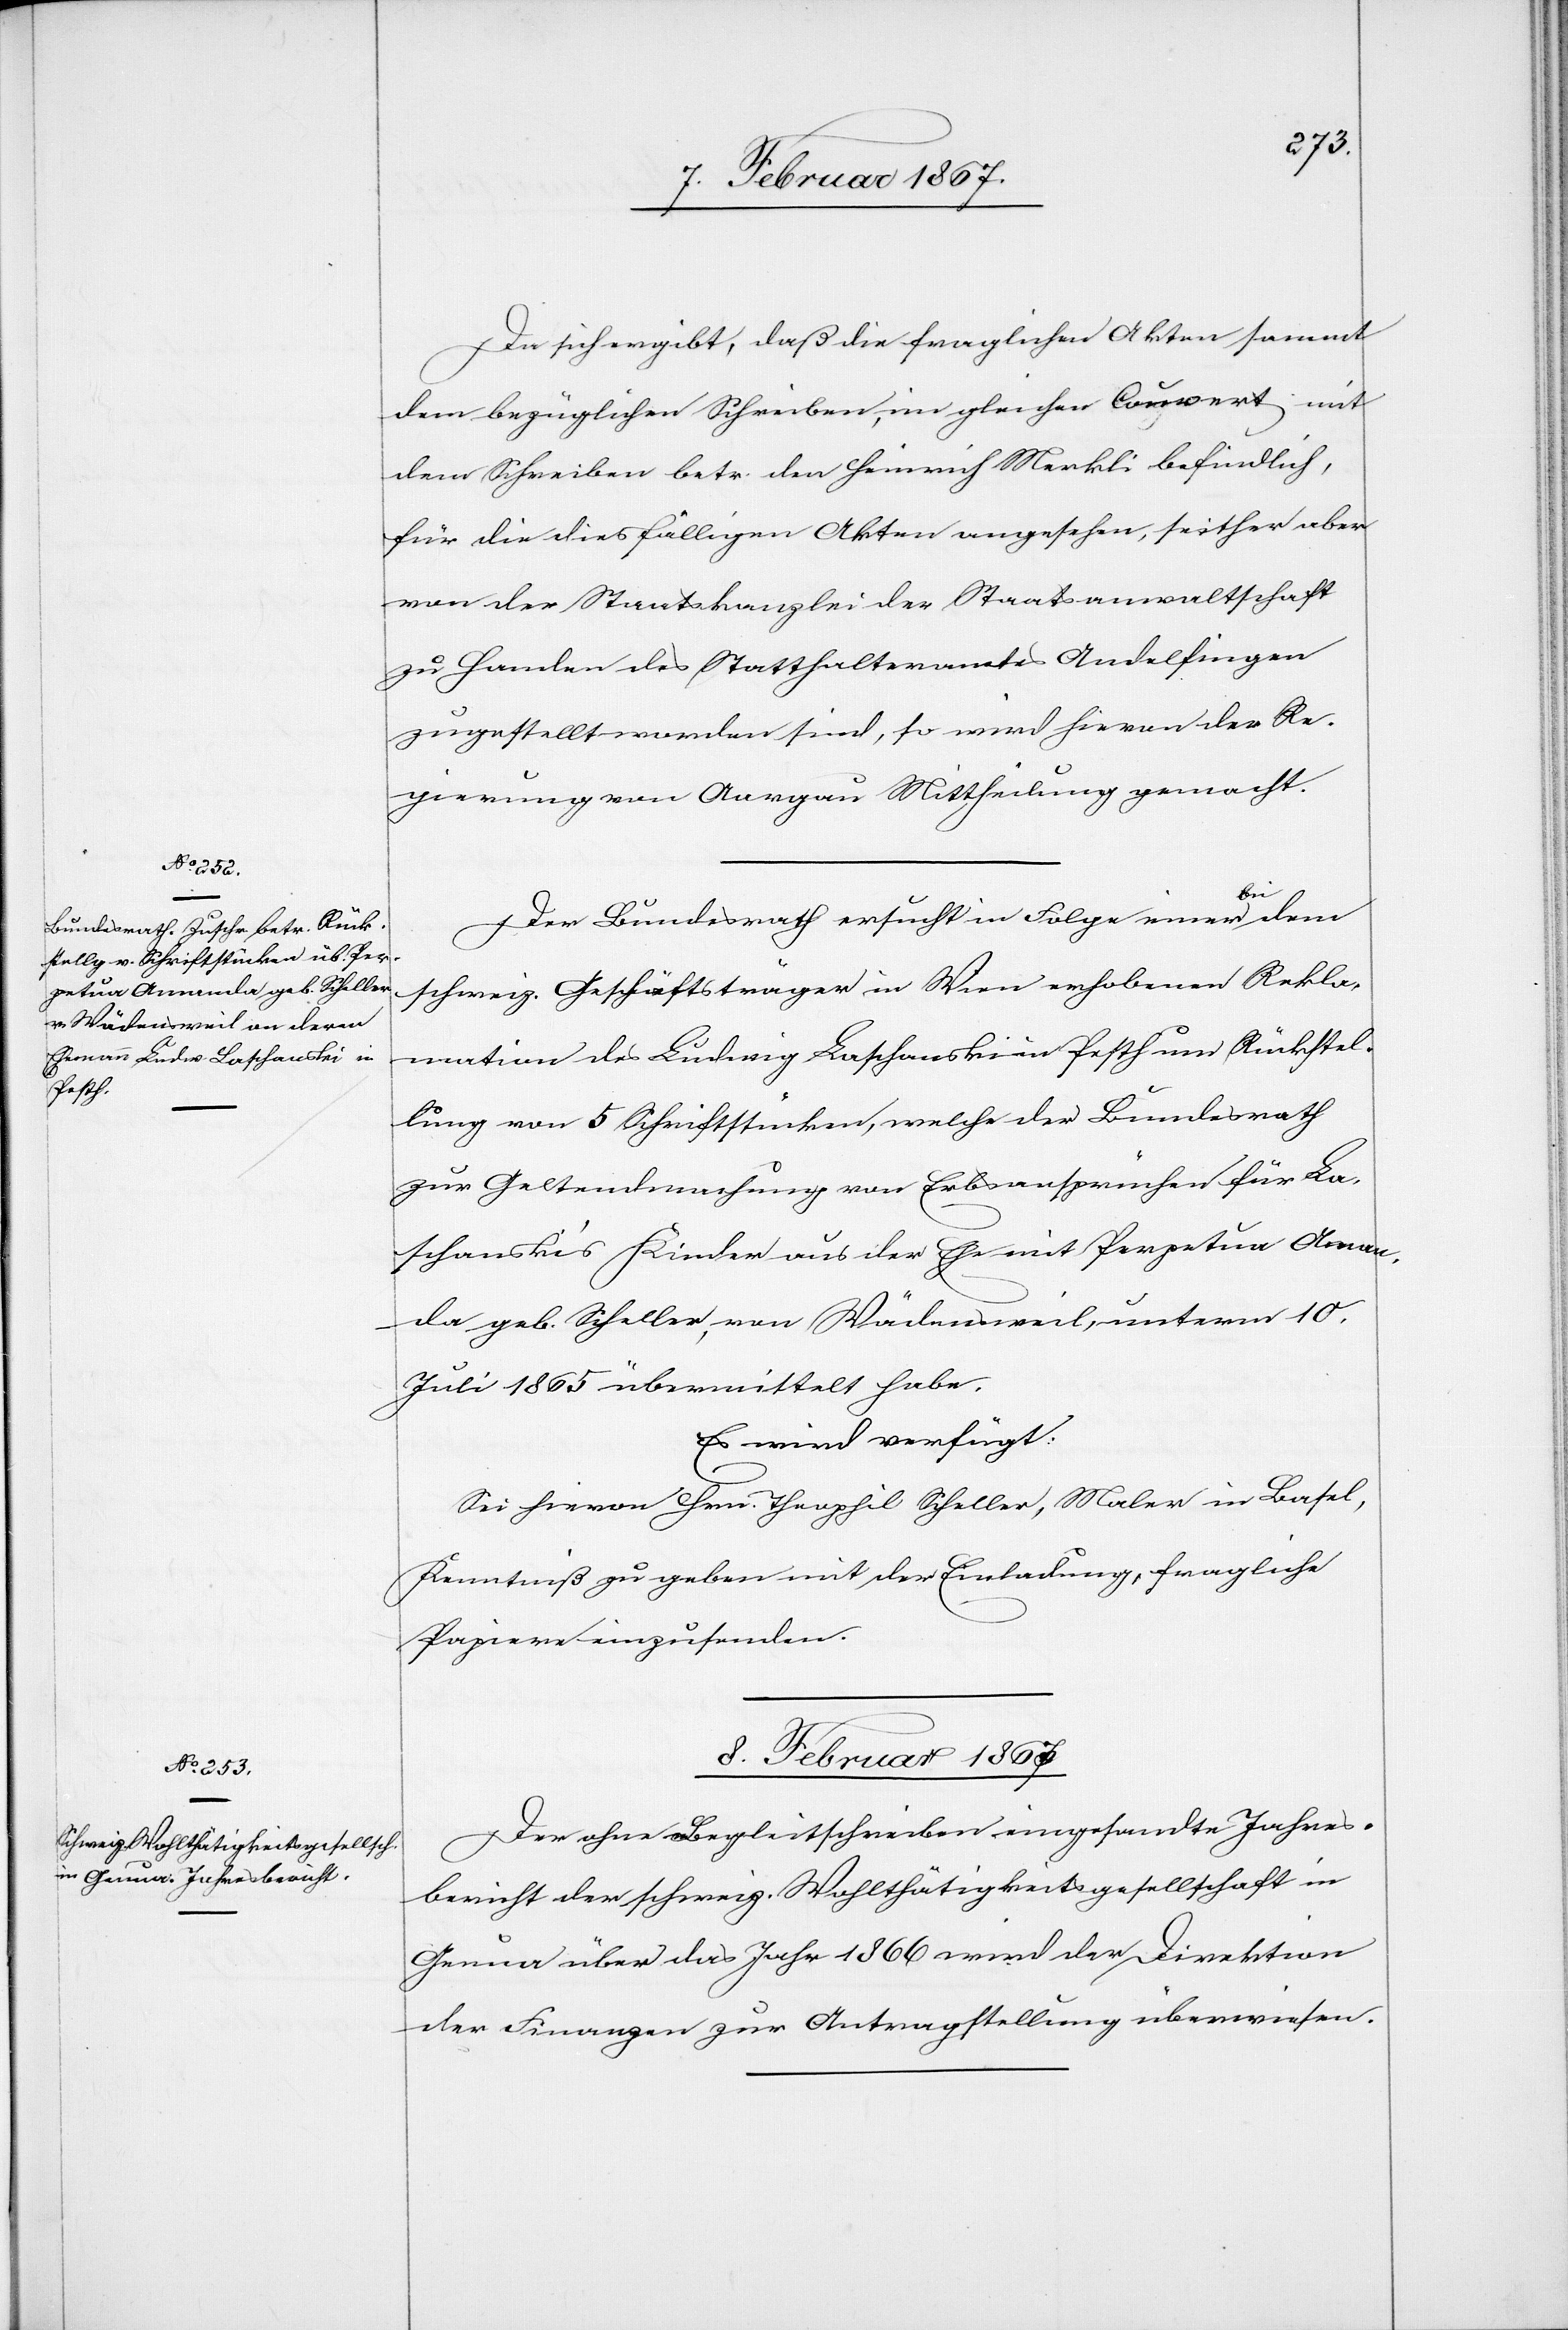
7. Februar 1867.]
Da sich ergibt, daß die fraglichen Akten sammt
dem bezüglichen Schreiben, im gleichen Couvert mit
dem Schreiben betr. den Heinrich Merkli befindlich,
für die diesfälligen Akten angesehen, seither aber
von der Staatskanzlei der Staatsanwaltschaft
zu Handen des Statthalteramtes Andelfingen
zugestellt worden sind, so wird hievon der Re¬
gierung von Aargau Mittheilung gemacht.
Der Bundesrath ersucht in Folge einer bei
dem
schweiz. Geschäftsträger in Wien erhobenen Rekla¬
mation des Ludwig Laschanski in Pesth um Rückstel¬
lung von 5 Schriftstücken, welche der Bundesrath
zur Geltendmachung von Erbsansprüchen für La¬
schanski’s Kinder aus der Ehe mit Perpetua Aman¬
da geb. Scheller, von Wädensweil, unterm 10.
Juli 1865 übermittelt habe.
Es wird verfügt:
Sei hievon Hrn. Theophil Scheller, Maler in Basel,
Kenntniß zu geben mit der Einladung, fragliche
Papiere einzusenden.
8. Februar 1867.
Der ohne Begleitschreiben eingesandte Jahres¬
bericht der schweiz. Wohlthätigkeitsgesellschaft in
Genua über das Jahr 1866 wird der Direktion
der Finanzen zur Antragstellung überwiesen.